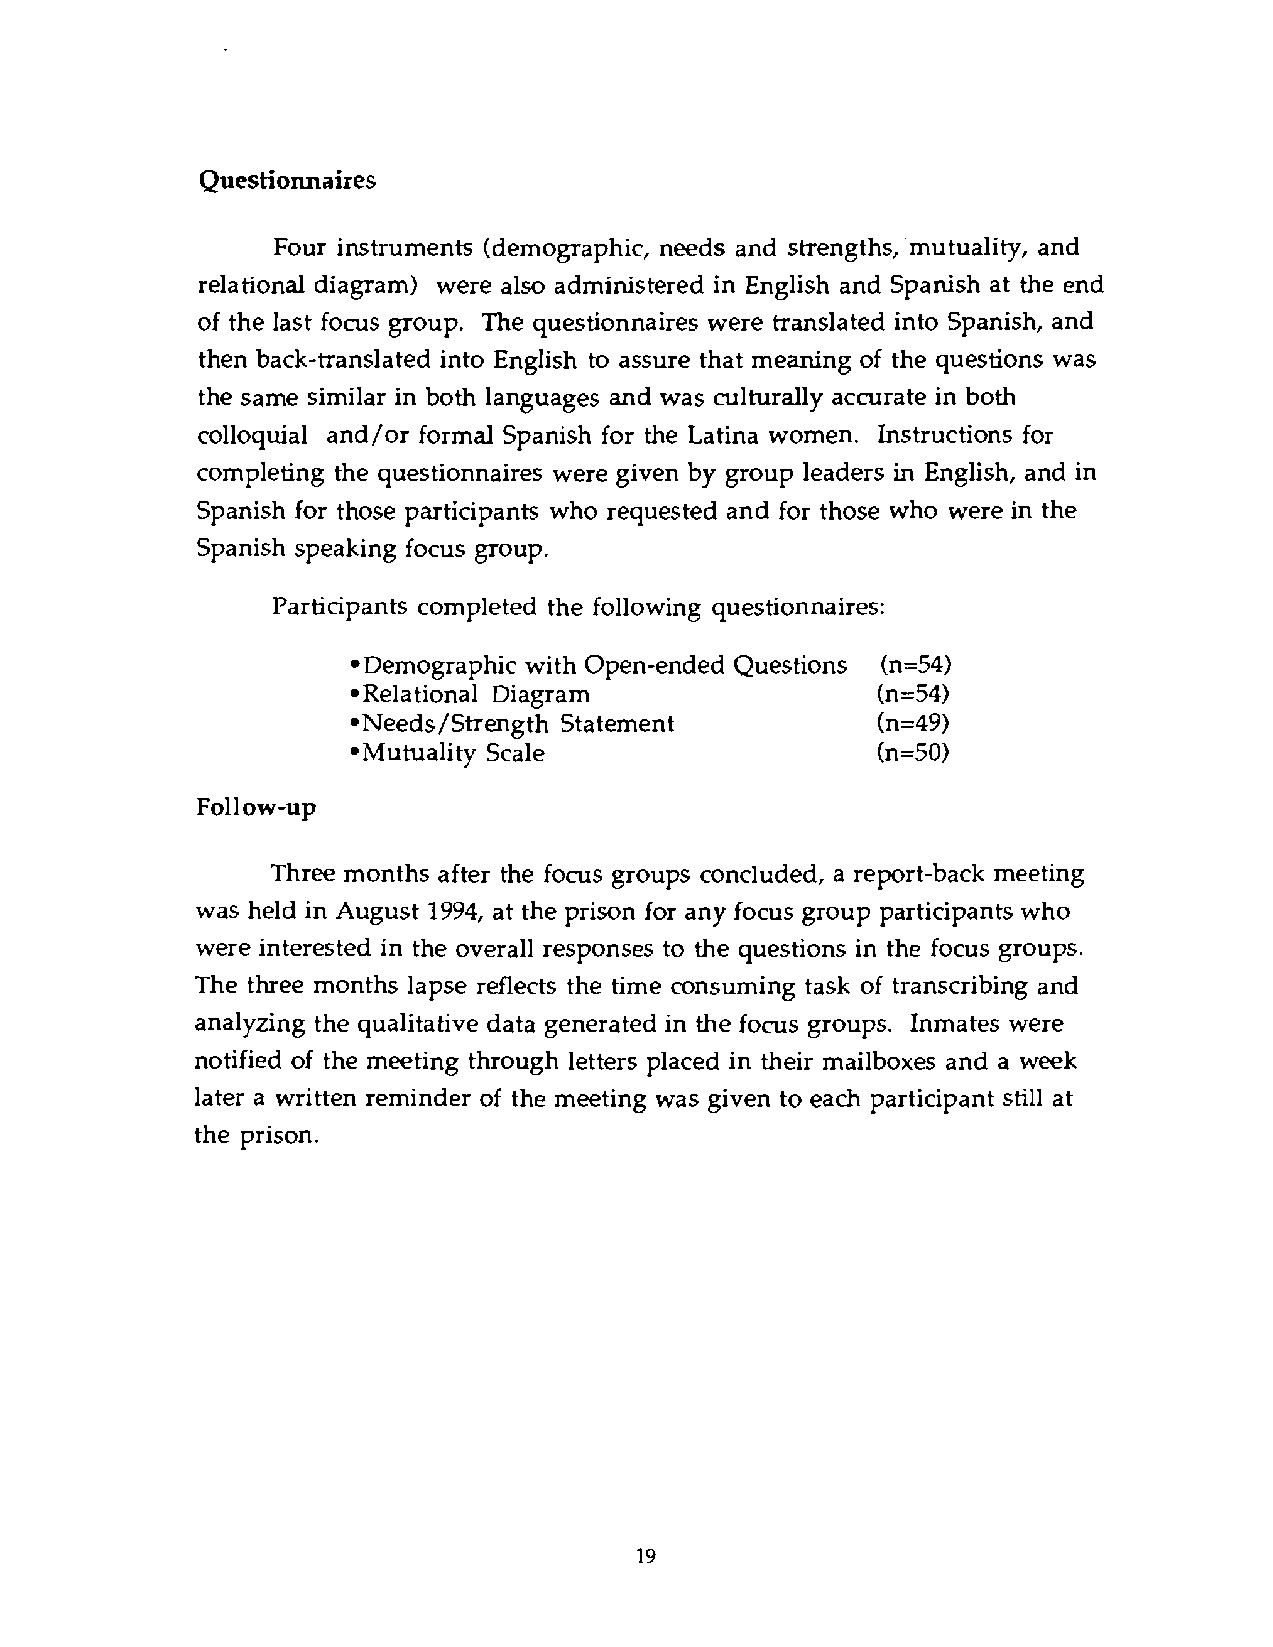
Questionnaires
 Four instruments (demographic, needs and strengths,~mutuality,a nd
 relational diagram) were also administered in English and Spanish at the end
 of the last focus group. The questionnaires were translated into Spanish, and
 then back-translated into English to assure that meaning of the questions was
 the same similar in both languages and was culturally accurate in both
 colloquial and/or formal Spanish for the Latina women. Instructions for
 completing the questionnaires were given by group leaders in English, and in
 Spanish for those participants who requested and for those who were in the
 Spanish speaking focus group.
 Partidpants completed the following questionnaires:
 *Demographic with Open-ended Questions (n=54)
 *Relational Diagram                (n=54)
 *Needs/Strength Statement          (n=49)
 *Mutuality Scale                   (n=50)
 Follow-up
 Three months after the focus groups concluded, a report-back meeting
 was held in August 1994, at the prison for any focus group participants who
 were interested in the overall responses to the questions in the focus groups.
 The three months lapse reflects the time consuming task of transcribing and
 analyzing the qualitative data generated in the focus groups. Inmates were
 notified of the meeting through letters placed in their mailboxes and a week
 later a written reminder of the meeting was given to each participant still at
 the prison.